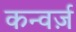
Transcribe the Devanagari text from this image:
कन्वर्ज़